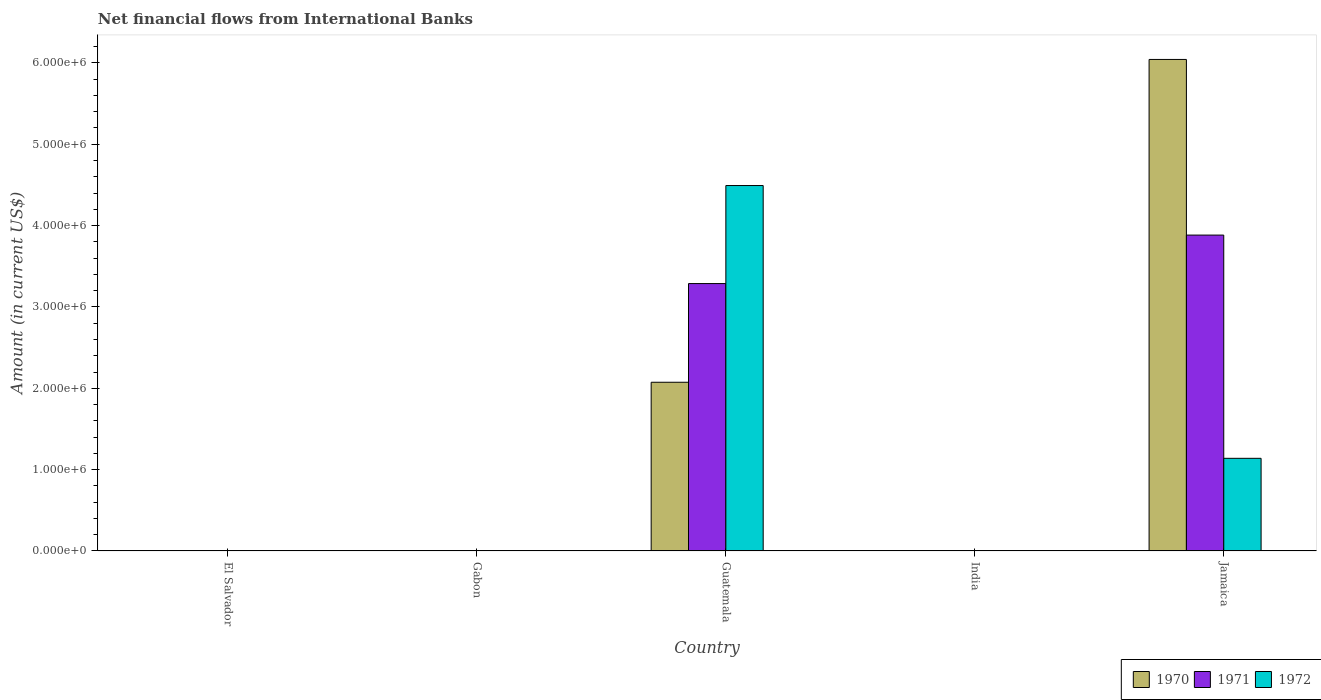
| Country | 1970 | 1971 | 1972 |
 | --- | --- | --- | --- |
 | El Salvador | -9.92e+05 | -1.09e+06 | -1.48e+06 |
 | Gabon | -9.65e+05 | -1.68e+06 | -3.54e+06 |
 | Guatemala | 2.07e+06 | 3.29e+06 | 4.49e+06 |
 | India | -1.02e+07 | -1.64e+07 | -1.96e+06 |
 | Jamaica | 6.04e+06 | 3.88e+06 | 1.14e+06 |